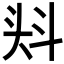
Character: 𭑎